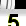
Digit: 5